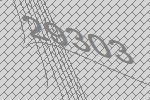
29303